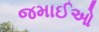
જમાઈઓ